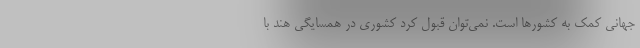
جهانی کمک به کشورها است. نمی‌توان قبول کرد کشوری در همسایگی هند با